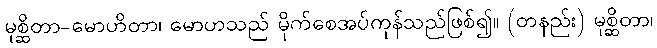
မုစ္ဆိတာ-မောဟိတာ၊ မောဟသည် မိုက်စေအပ်ကုန်သည်ဖြစ်၍။ (တနည်း) မုစ္ဆိတာ၊